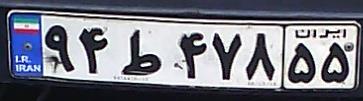
۹۴ط۴۷۸۵۵